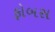
ફોબસ